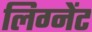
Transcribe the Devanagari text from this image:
लिग्नेंट